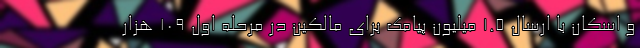
و اسکان با ارسال 1.5 میلیون پیامک برای مالکین در مرحله اول 109 هزار